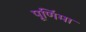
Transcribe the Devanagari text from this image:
पूणि॔मा